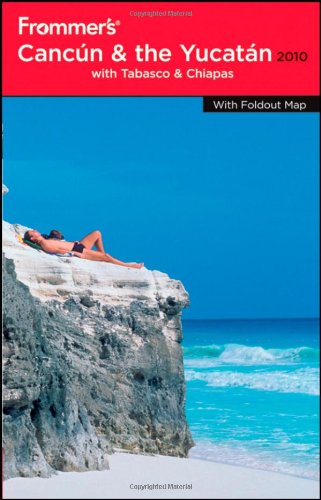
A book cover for Frommer's Cancun, Cozumel and the Yucatan 2010 (Frommer's Complete Guides); David Baird; Travel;